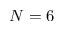
N = 6